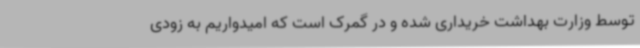
توسط وزارت بهداشت خریداری شده و در گمرک است که امیدواریم به زودی